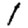
Digit: 1